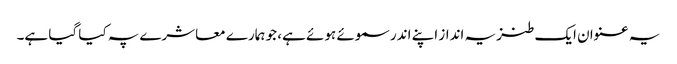
یہ عنوان ایک طنزیہ انداز اپنے اندر سموئے ہوئے ہے، جو ہمارے معاشرے پہ کیا گیا ہے۔